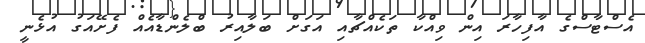
އެސްޓާސްގެ އާފިހާރަ އިން ވިއްކާ ތަކެއްޗާއި އަގަށް ބަލާއިރު ބްލެންޑާއެއް ފެށޭއަގު އުޅެނީ